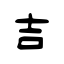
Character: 吉